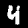
Label: 4